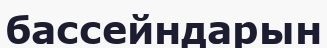
бассейндарын